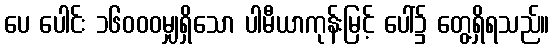
ပေ ပေါင်း ၁၆၀၀၀မျှရှိသော ပါမီယာကုန်းမြင့် ပေါ်၌ တွေ့ရှိရသည်။